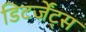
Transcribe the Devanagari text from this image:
डिटर्जेंट्स